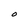
Character: O